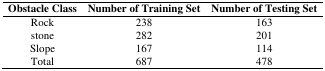
| Obstacle Class | Number of Training Set | Number of Testing Set |
 | --- | --- | --- |
 | Rock | 238 | 163 |
 | stone | 282 | 201 |
 | Slope | 167 | 114 |
 | Total | 687 | 478 |